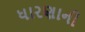
ધારણાની